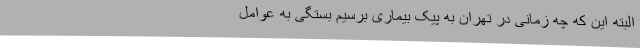
البته این که چه زمانی در تهران به پیک بیماری برسیم بستگی به عوامل